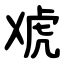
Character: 䖊